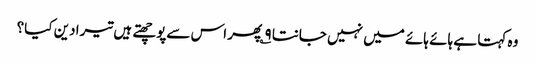
وہ کہتا ہے ہائے ہائے میں نہیں جانتا ۹؎ پھر اس سےپوچھتے ہیں تیرا دین کیا؟